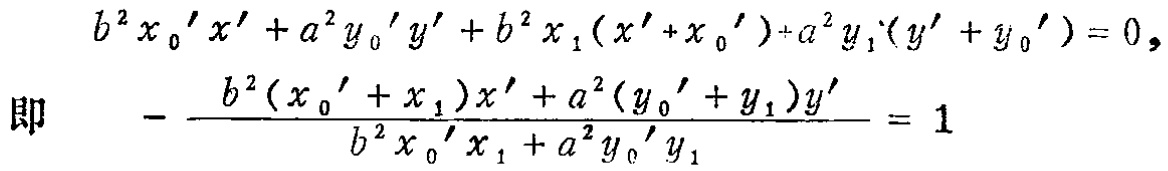
\[
\begin{align*}
b^{2}x_{0}'x'+a^{2}y_{0}'y'+b^{2}x_{1}(x'+x_{0}')+a^{2}y_{1}(y'+y_{0}')&=0,\\
\text{即}\quad-\frac{b^{2}(x_{0}'+x_{1})x'+a^{2}(y_{0}'+y_{1})y'}{b^{2}x_{0}'x_{1}+a^{2}y_{0}'y_{1}}&=1
\end{align*}
\]